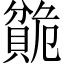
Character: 𬥣